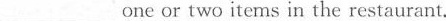
___one or two items in the restaurant.